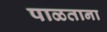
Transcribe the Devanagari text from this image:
पाळताना